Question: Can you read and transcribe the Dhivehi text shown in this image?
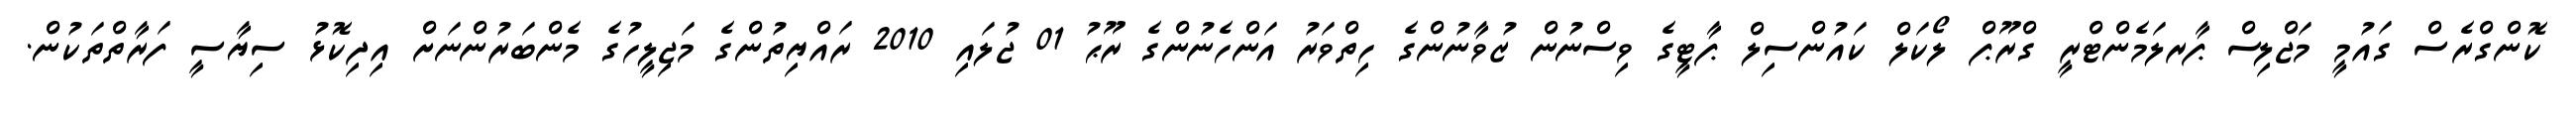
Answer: ކޮންގްރެސް ގައުމީ މަޖްލިސް ޕާރލަމެންޓްރީ ގްރޫޕް ލޯކަލް ކައުންސިލް ޕާޓީގެ ވިސްނުން ޒުވާނުންގެ ހިތްވަރު އަންހެނުންގެ ރޫޙު 01 ޖުލައި 2010 ރައްޔިތުންގެ މަޖިލީހުގެ މެންބަރުންނަށް އިދިކޮޅު ސިޔާސީ ފަރާތްތަކުން.